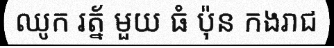
ឈូក រត្ន័ មួយ ធំ ប៉ុន កងរាជ